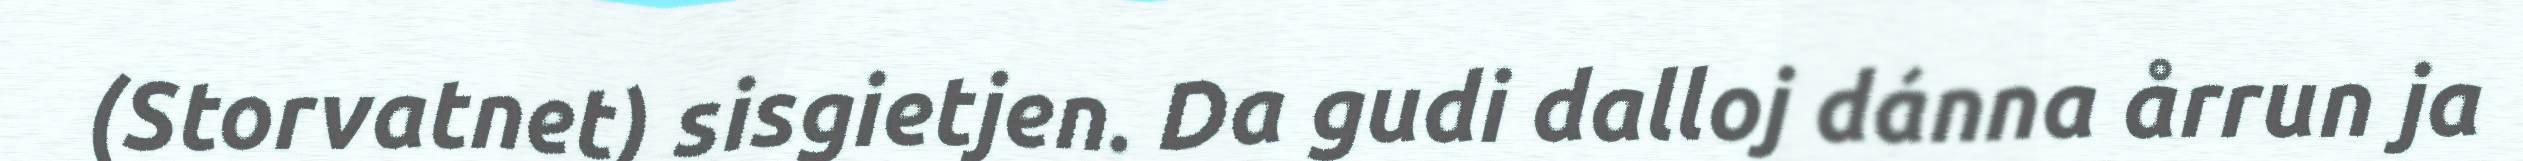
(Storvatnet) sisgietjen. Da gudi dalloj dánna årrun ja